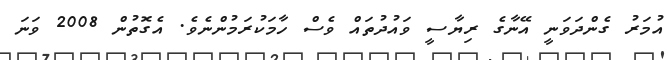
އުމަރު ގެންދަވަނީ އޭނާގެ ރިޔާސީ ވައުދުތައް ވެސް ހާމަކުރަމުންނެވެ. އެގޮތުން 2008 ވަނަ